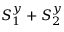
S _ { 1 } ^ { y } + S _ { 2 } ^ { y }